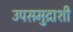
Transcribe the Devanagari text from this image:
उपसमुद्राशी